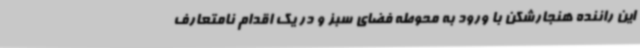
این راننده هنجارشکن با ورود به محوطه فضای سبز و در یک اقدام نامتعارف